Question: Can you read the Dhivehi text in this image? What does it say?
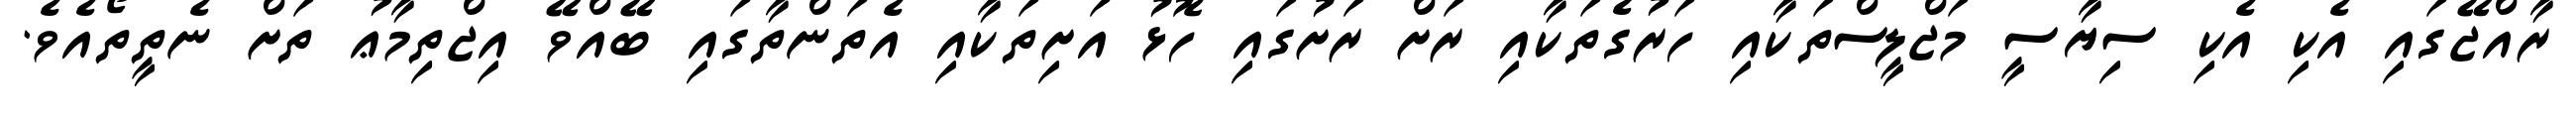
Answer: ރާއްޖޭގައި އެކި އެކި ސިޔާސީ މަޖްލީސްތަކާއި ހަރުގެތަކާއި ރަށް ރަށުގައި ހޮޅު އަށިތަކާއި އެތަންތާގައި ބޭއްވޭ އިޖްތިމާޢު ތަށް ނެތީތޯއެވެ.